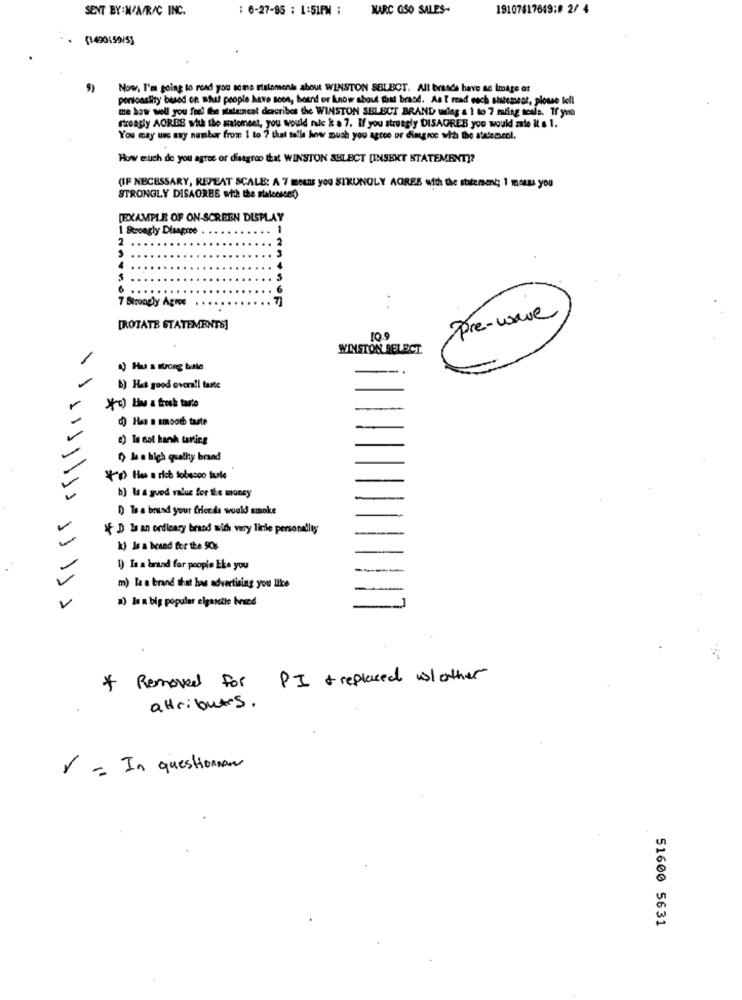
SENT BY:W/A/R/C INC.
: 6-27-95 : 1:51PM :
MARC GSO SALES-
19107417649;# 2/ 4
(1490459/53
Now, I'm going to read you some rialomend about WINSTON SELECT. All brands have an Image et
personality based on what people have seen, hound or know about that brasd. Ast read cach statement, plosse tell
me how well you feel the stateincal describes the WINSTON SELECT BRAND uing & 1 to 7 mating nesla. If yno
freadly AGRES with the statement, you would rale k a 7. If you strusgly DISAGREE you would zate it s 1.
You may use any number from 1 to 7 that tolle how much you agree or dingroc wia the stateccol.
How much de you agree or disagree that WINSTON SELECT [INSEKT STATEMENT]?
(IF NECESSARY, REPEAT SCALE: A 7 means you SIKUNGLY AGREE with the statement; 1 mouss you
STRONGLY DISAGREE with the stalcessed)
[EXAMPLE OF ON-SCREEN DISPLAY
1 Strongly Disagree
1
2
7 Biroogly Agroe
Pre-wave
[ROTATE STATEMENTS]
10.9
WINSTON SELECT
4) Hu a strong bale
B) Has good overall tante
*c) blu a frook tarte
d) Has a smooth taste
$) We sol hank tarting
D) la a high quality brand
41) Has a rich tobacco tuole
b) la a good value for the money
D) To a brusd your friends would smoke
V
D Is an ordleary brand with very little personality
k) Je a brand for the 50%
1) In a brand for people Eke you
m) la a brand that has advertising you like
a) la a big popular elgasette breed
Removed For PI & replaced slother
attributes.
r = In questionnon
un
w
51600 5631